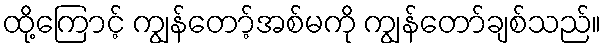
ထို့ကြောင့် ကျွန်တော့်အစ်မကို ကျွန်တော်ချစ်သည်။